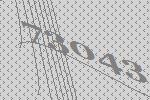
73043